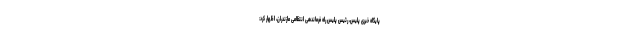
پایگاه خبری پلیس، رئیس پلیس راه فرماندهی انتظامی مازندران، اظهار کرد: